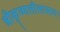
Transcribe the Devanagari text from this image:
श्रीकृष्णलीलास्तव।